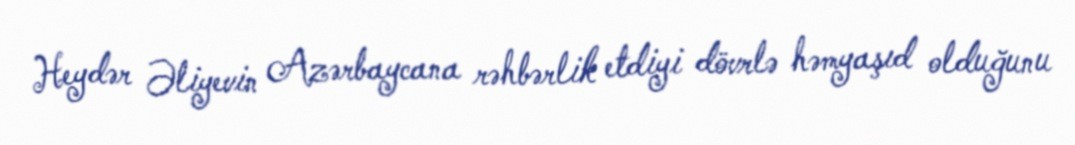
Heydər Əliyevin Azərbaycana rəhbərlik etdiyi dövrlə həmyaşıd olduğunu